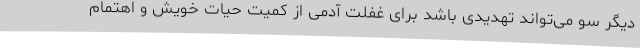
دیگر سو می‌تواند تهدیدی باشد برای غفلت آدمی از کمیت حیات خویش و اهتمام